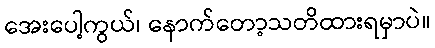
အေးပေါ့ကွယ်၊ နောက်တော့သတိထားရမှာပဲ။